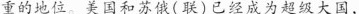
重的地位。美国和苏俄(联)已经成为超级大国，